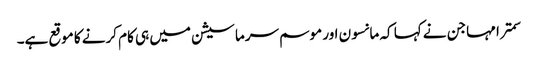
سمترا مہاجن نے کہا کہ مانسون اور موسم سرما سیشن میں ہی کام کرنے کا موقع ہے۔